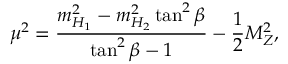
\mu ^ { 2 } = \frac { m _ { H _ { 1 } } ^ { 2 } - m _ { H _ { 2 } } ^ { 2 } \tan ^ { 2 } \beta } { \tan ^ { 2 } \beta - 1 } - \frac { 1 } { 2 } M _ { Z } ^ { 2 } ,